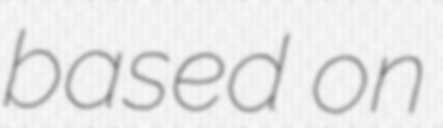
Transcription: based on